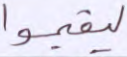
ليقيموا